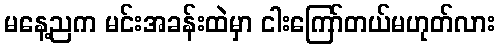
မနေ့ညက မင်းအခန်းထဲမှာ ငါးကြော်တယ်မဟုတ်လား